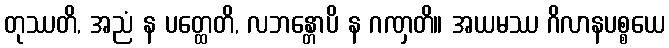
တုဿတိ, အညံ န ပတ္ထေတိ, လဘန္တောပိ န ဂဏှတိ။ အယမဿ ဂိလာနပစ္စယေ